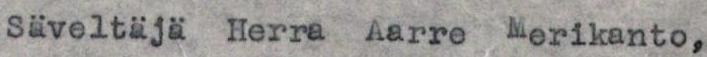
Säveltäjä Herra Aarre Merikanto,